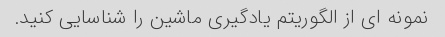
نمونه ای از الگوریتم یادگیری ماشین را شناسایی کنید.